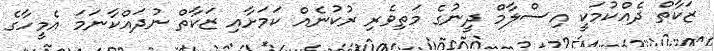
ޒަކާތް ދެއްކުމަކީ އިސްލާމް ދީނުގެ މަތިވެރި ރުކުނެއް ކަމަށާއި ޒަކާތް ނުދައްކާނަމަ އެމީހާގެ